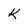
Character: K